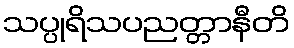
သပ္ပုရိသပညတ္တာနီတိ